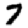
Digit: 7